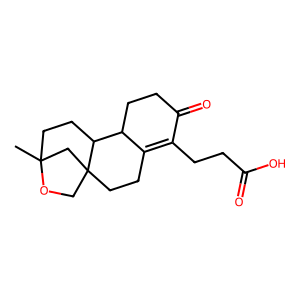
SMILES: CC12CCC3C4CCC(=O)C(CCC(=O)O)=C4CCC3(CO1)C2
Inhibits HIV replication: No